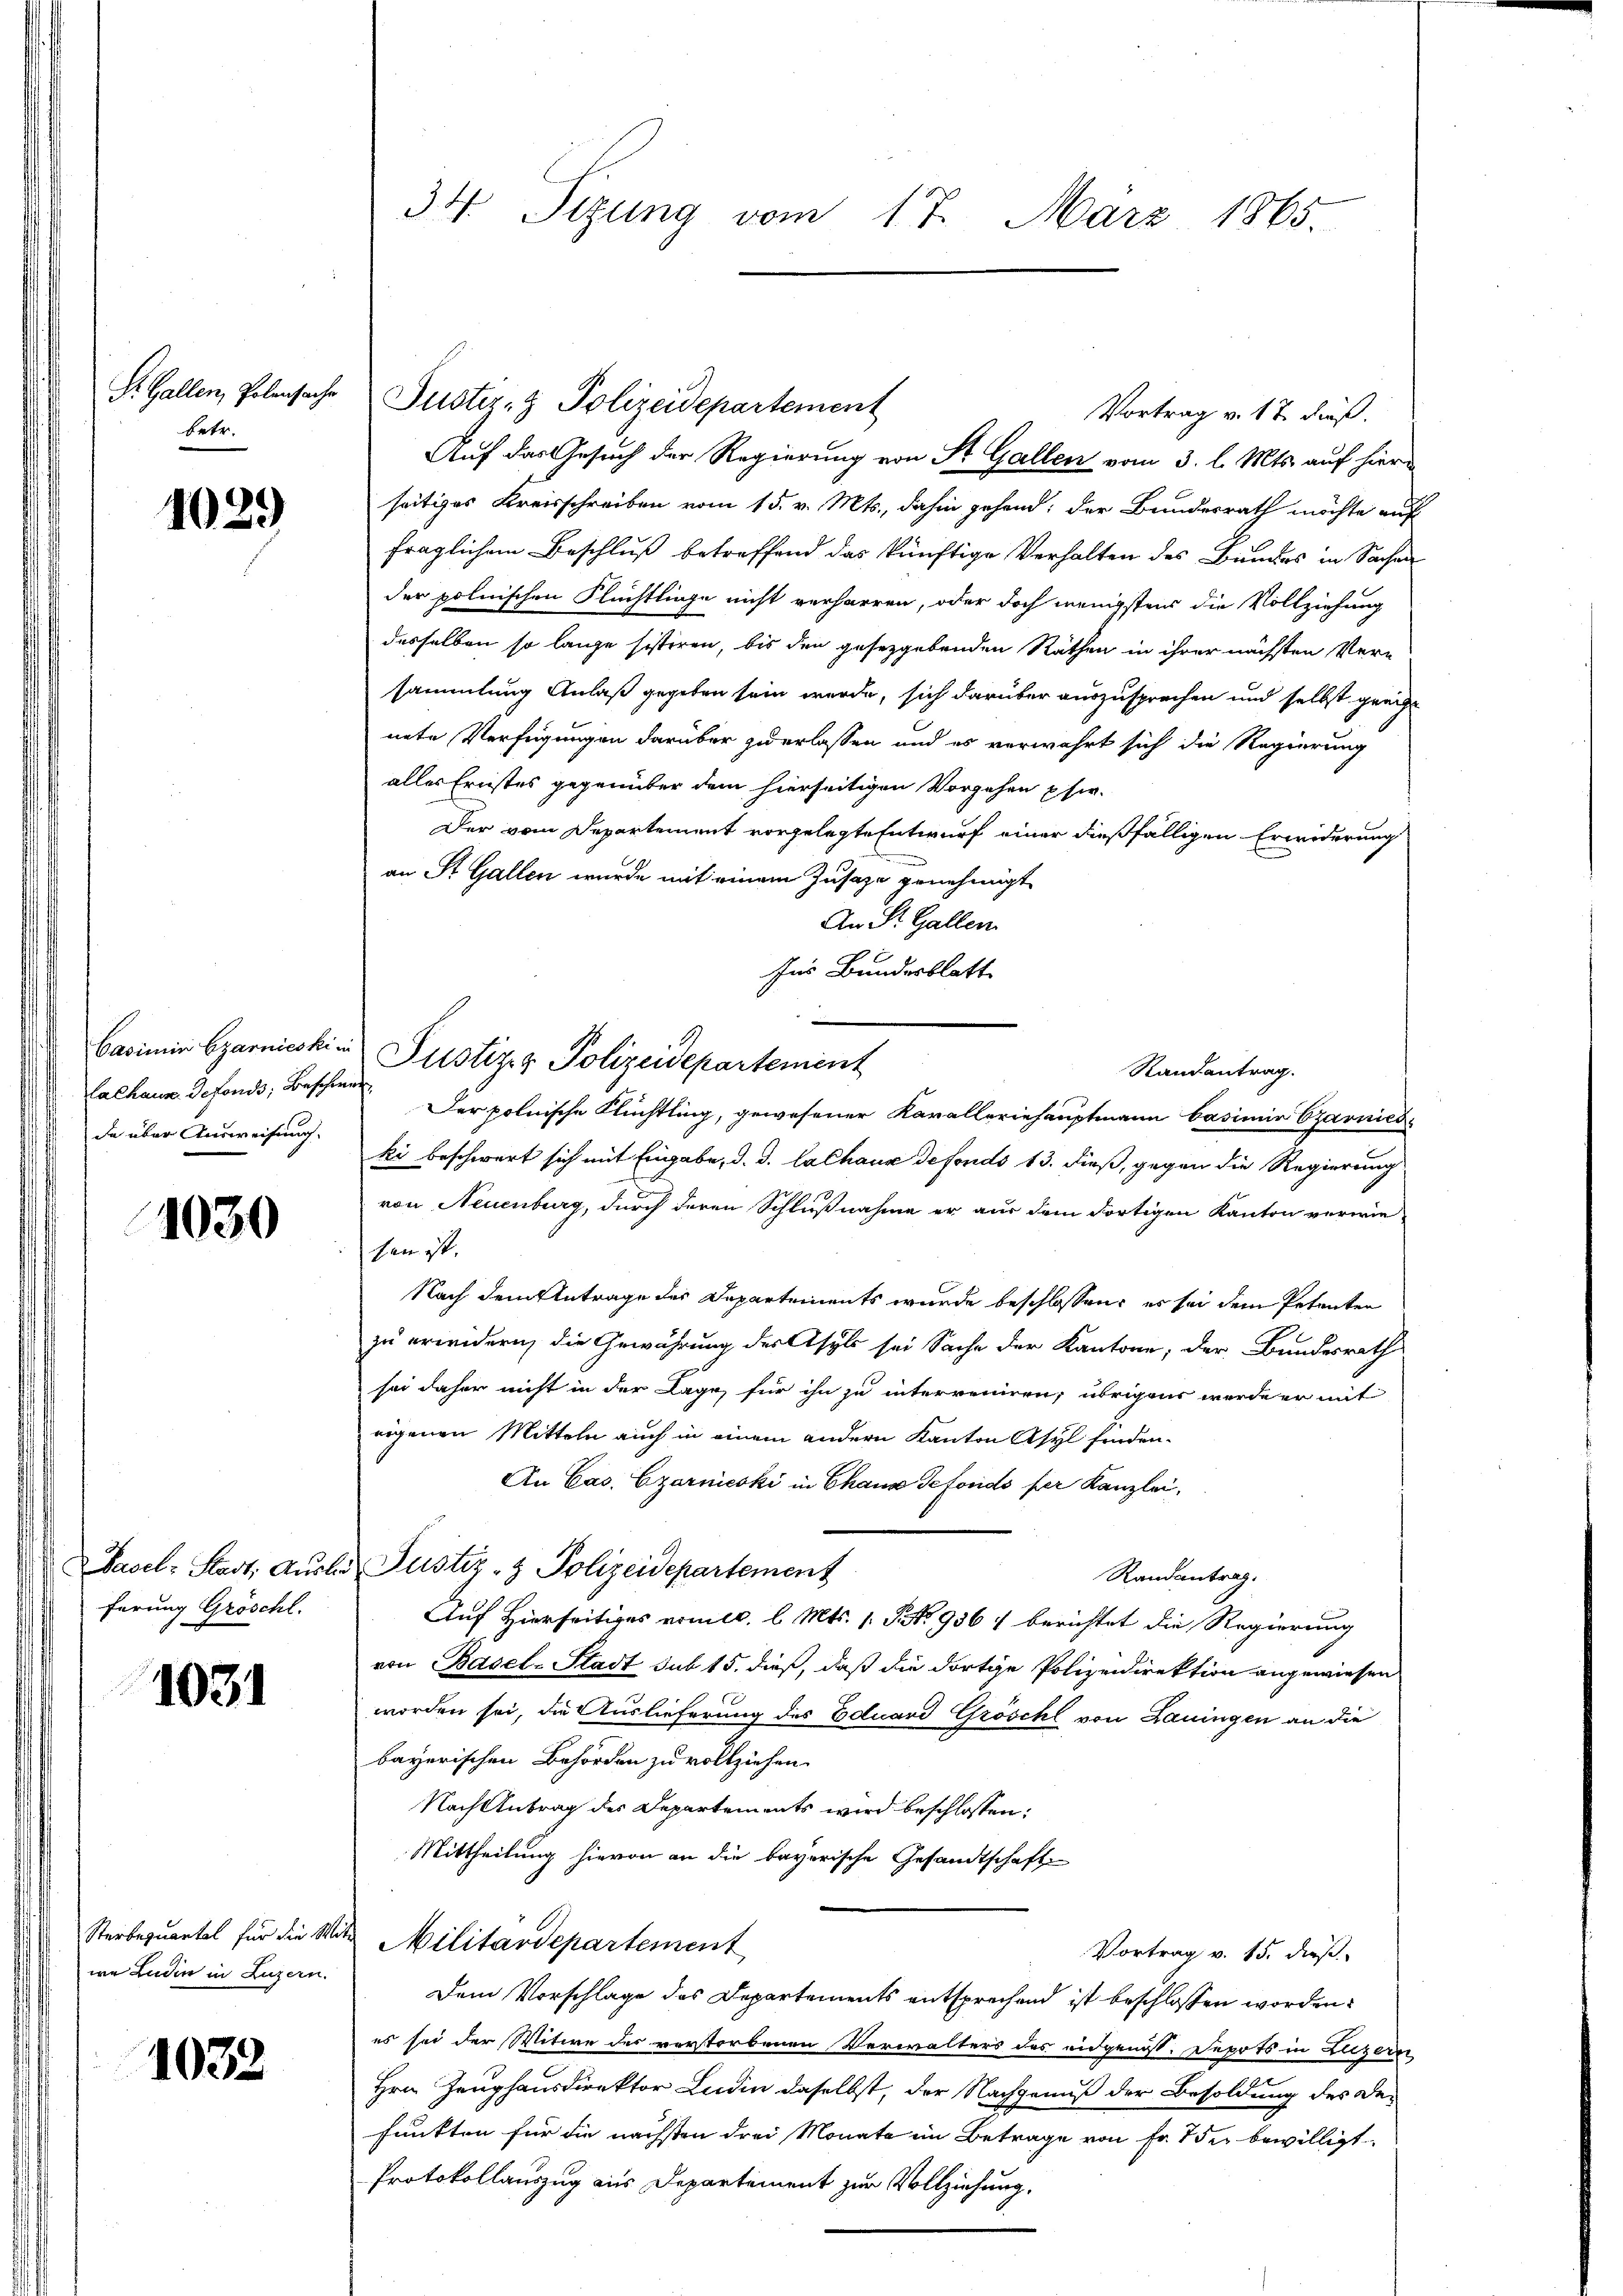
betr.

1029

Calhaus defonds; Beschwer
da über Ausweisung.

1030

ferung Gröschl.

1031

Sterbequartal für die Me
we Ludin in Luzern.

1032

34 Sizung vom 17. März 1865

Auf das Gesuch der Regierung von St. Gallen vom 3. l. Mts. auf hieri
seitiges Kreisschreiben vom 15. v. Mts., dahin gehend; der Bundesrath möchte auf
fraglichem Beschluß betreffend das künftige Verhalten des Bundes in Sachen
der polnischen Flüchtlinge nicht verharren, oder doch wenigstens die Vollziehung
desselben so lange sisteren, bis den gesetzgebenden Räthen in ihrer nächsten Versammlung Anlaß gegeben sein werde, sich darüber auszusprechen und selbst greif
nete Verfügungen darüber zu erlassen und es verwahrt sich die Regierung
alles Ernstes gegenüber dem hierseitigen Vorgehen psw.
Der vom Departement vorgelegte Entwurf einer dießfälligen Erwiderung
an St. Gallen wurde mit einem Zusaze genehmigt
An St. Gallen
Ins Bundesblatt
Der polnische Flüchtling, gewesener Kavalleriehauptmann basimi Czarnies
ki beschwert sich mit Eingabe, d. d. lachaus defonds 13. dieß, gegen die Regierung
von Neuenburg, durch deren Schlußnahme er aus dem dortigen Kanton verwie-
sen ist.
Nach dem Antrage der Departements wurde beschlossen, es sei dem Petenten
zu erwidern, die Gewährung des Asyls sei Sache der Kantone, der Bundesrath
sei daher nicht in der Lage, für ihn zu interreiren, übrigens werdeer mit
eigenen Mitteln auch in einem andern Kanton Asyl finden.
An Cas. Czarnicski in Chaus Gefonds per Kanzlei,
Basel-Stadt, Aŭsle Justiz- & Polizeidepartement
Randantrag.
Auf Hierseitiges vom c. l. Mts. 1. No. 936 f berichtet die Regierung
von Basel-Stadt sub 15. dieß, daß die dortige Polizeidirektion angewiesen
worden sei, die Auslieferung des Eduard Gröschl von Bauingen an die
bayerischen Behörden zu vollziehen.
Nach Antrag des Departements wird beschlossen:
Mittheilung hievon an die bayerische Gesandtschaft
d Militärdepartement
Vortrag v. 15. dieß
Dem Vorschlage des Departements entsprechend ist beschlossen worden.
es sei der Witwe der verstorbenen Verwalters des eidgenöss. Depots in Luzern
Hrn. Zeughausdirektor Ludin daselbst, der Nachgenuß der Besoldung des De-
funkten für die nächsten drei Monate im Betrage von Fr. 7 der bewilligt.
Protokollauszug aus Departement zur Vollziehung.

S. Gallen, Polensache Justiz- & Polizeidepartement
Vortrag v. 17. dieß.

Casimi Czarnieskin Pustiz & Polizeidepartement

Randantrag.